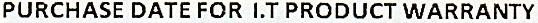
PURCHASE DATE FOR I.T PRODUCT WARRANTY